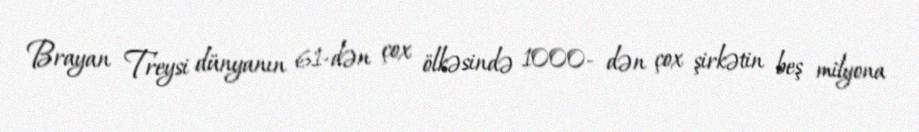
Brayan Treysi dünyanın 61-dən çox ölkəsində 1000- dən çox şirkətin beş milyona